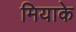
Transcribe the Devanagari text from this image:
मियाके